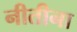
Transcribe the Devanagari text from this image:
नीतीना